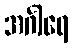
အင်္ဂါရေ